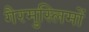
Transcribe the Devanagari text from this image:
गैरमुस्लिमों